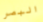
البصر